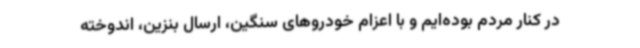
در کنار مردم بوده‌ایم و با اعزام خودروهای سنگین، ارسال بنزین، اندوخته